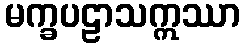
မက္ခပဠာသဣဿာ